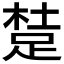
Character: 𨁥